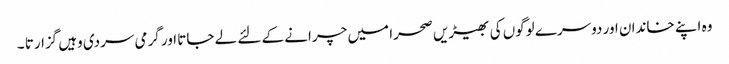
وہ اپنے خاندان اور دوسرے لوگوں کی بھیڑیں صحرا میں چرانے کے لئے لے جاتا اور گرمی سردی وہیں گزارتا ۔